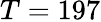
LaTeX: T=197